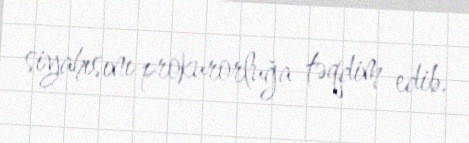
siyahısını prokurorluğa təqdim edib.